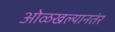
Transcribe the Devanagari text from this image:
ओळखल्यानतंर